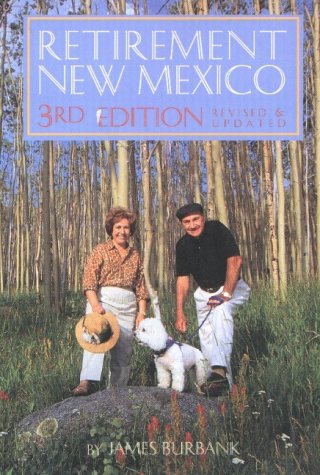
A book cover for Retirement New Mexico: A Complete Guide to Retiring in New Mexico (Revised and Updated); James Burbank; Travel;